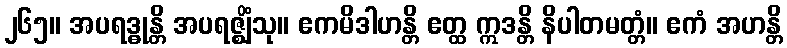
၂၆၅။ အပရဒ္ဓုန္တိ အပရဇ္ဈိံသု။ ဧကမိဒါဟန္တိ ဧတ္ထ ဣဒန္တိ နိပါတမတ္တံ။ ဧကံ အဟန္တိ